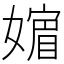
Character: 𡡮